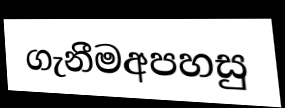
ගැනීමඅපහසු